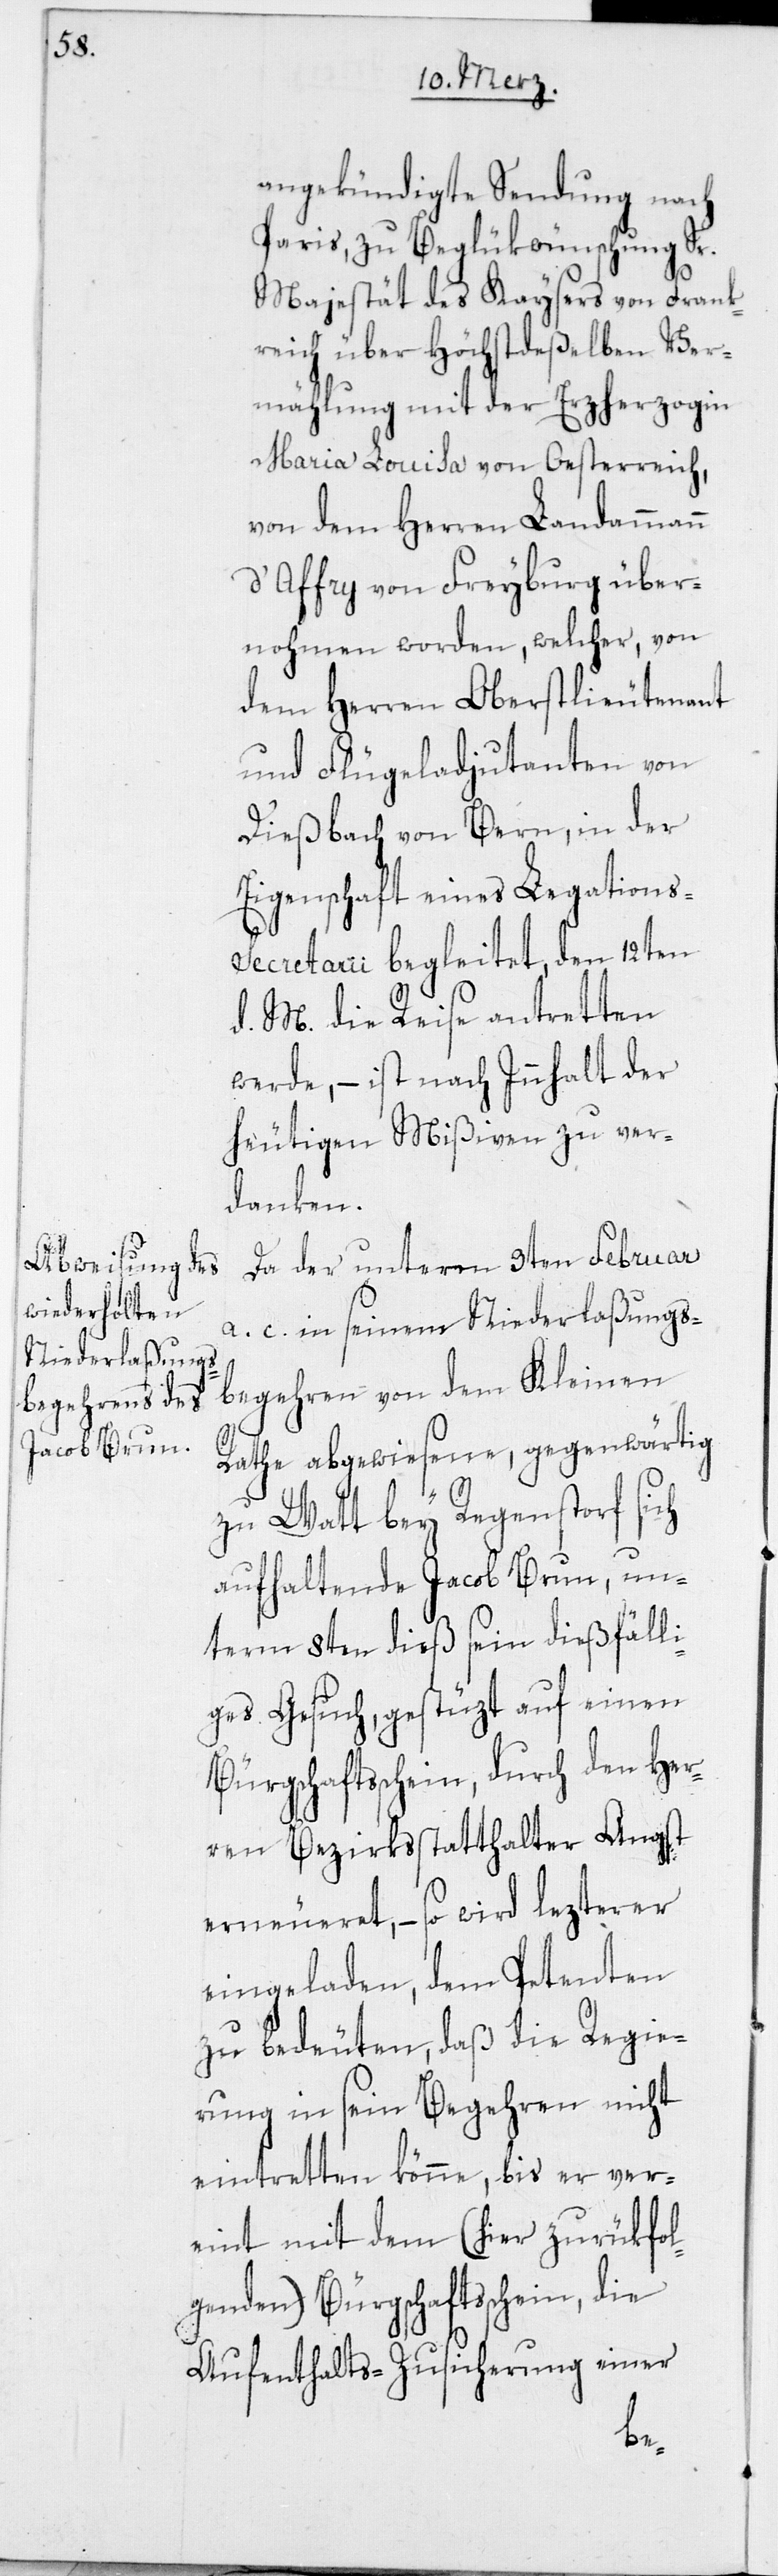
angekündigte Sendung nach
Paris, zu Beglükwünschung Sr.
Majestät des Kaysers von Frank¬
reich über Höchstdeßelben Ver¬
mählung mit der Erzherzogin
Maria Louisa von Oesterreich,
von dem Herren Landammann
d’Affry von Freyburg über¬
nohmen worden, welcher, von
dem Herren Oberstlieutenant
und Flügeladjutanten von
Dießbach von Bern, in der
Eigenschaft eines Legations-S¬
ecretarii begleitet, den 12ten
d. M. die Reise antretten
werde, – ist nach Innhalt der
heutigen Mißiven zu ver¬
danken.
Da der unterm 3ten Februar
a. c. in seinem Niederlaßungs¬
begehren von dem Kleinen
Rathe abgewiesene, gegenwärtig
zu Watt bey Regenstorf sich
aufhaltende Jacob Brun, un¬
term 8ten dieß sein dießfälli¬
ges Gesuch, gestüzt auf einen
Bürgschaftsschein, durch den Her¬
ren Bezirksstatthalter Angst
erneueret, – so wird lezterer
eingeladen, dem Petenten
zu bedeuten, daß die Regie¬
rung in sein Begehren nicht
eintretten könne, bis er ver¬
eint mit dem (hier zurükfol¬
genden) Bürgschaftsschein, die
Aufenthalts-Zusicherung einer